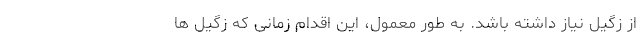
از زگیل نیاز داشته باشد. به طور معمول، این اقدام زمانی که زگیل ها